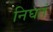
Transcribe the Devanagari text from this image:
निघतं